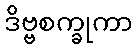
ဒိဗ္ဗစက္ခုကာ